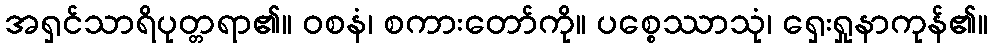
အရှင်သာရိပုတ္တရာ၏။ ဝစနံ၊ စကားတော်ကို။ ပစ္စေဿာသုံ၊ ရှေးရှုနာကုန်၏။